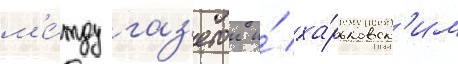
м'е́жду газ'етои и́ ха́рьковск'им